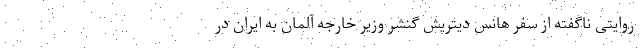
روایتی ناگفته از سفر هانس دیتریش گنشر وزیر خارجه آلمان به ایران در